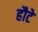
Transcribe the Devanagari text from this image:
हौटे